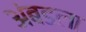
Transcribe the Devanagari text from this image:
अंबडला